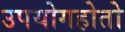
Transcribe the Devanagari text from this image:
उपयोगहोतो